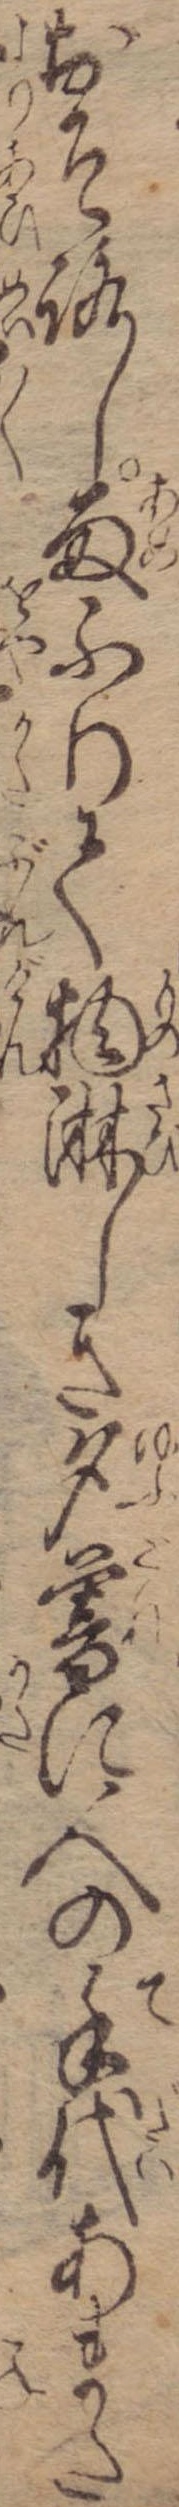
おそろし雨ふりて物淋しき夕暮に人の手代あまた